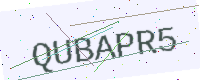
Text: QUBAPR5